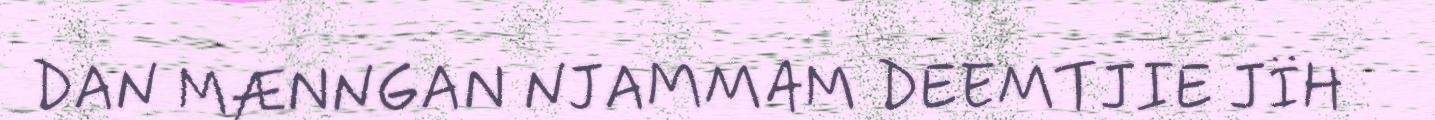
DAN MÆNNGAN NJAMMAM DEEMTJIE JÏH